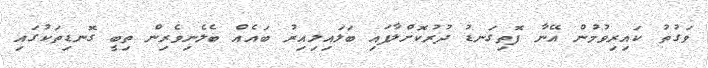
ވަގުތު ކައިރިވުމުން އޭނާ ފޮތިގަނޑު ދުރުކޮށްލާފައި ބަލައިލިއިރު ބައެއް ބެލެނިވެރިން ތިބީ ގޮނޑިތަކުގައި